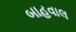
બાહવાલ